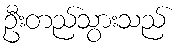
ဦးတည်သွားသည်